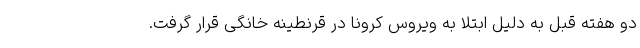
دو هفته قبل به دلیل ابتلا به ویروس کرونا در قرنطینه خانگی قرار گرفت.